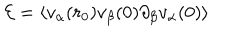
{ \cal E } = \left\langle v _ { \alpha } ( r _ { 0 } ) v _ { \beta } ( 0 ) \partial _ { \beta } v _ { \alpha } ( 0 ) \right\rangle